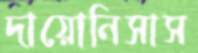
দায়োনিসাস